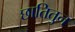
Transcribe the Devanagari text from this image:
छातितुन